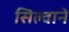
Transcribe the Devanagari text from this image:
सिल्वाने